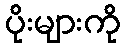
ပိုးများကို